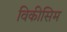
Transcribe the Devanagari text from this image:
विकीसिम